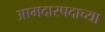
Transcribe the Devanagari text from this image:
आमदारपदाच्या